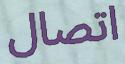
اتصال